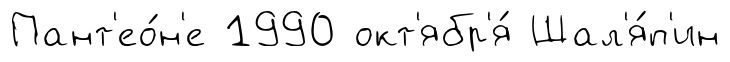
Пант'ео́н'е 1990 окт'ябр'я́ Шал'я́п'ин